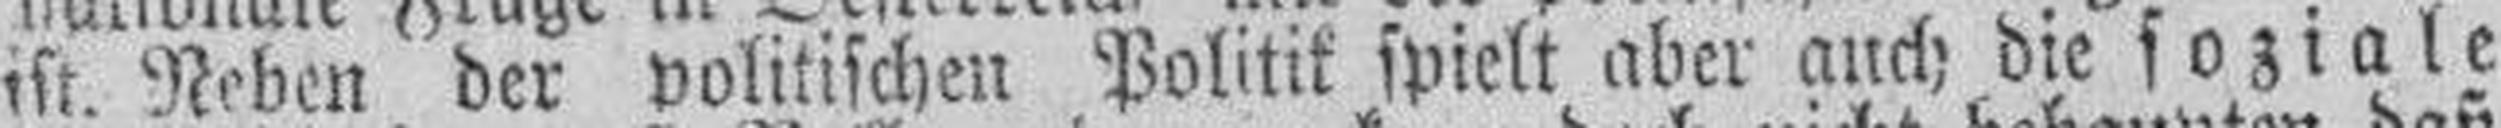
ist. Neben der politischen Politik spielt aber auch die soziale